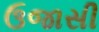
ઉજાસી